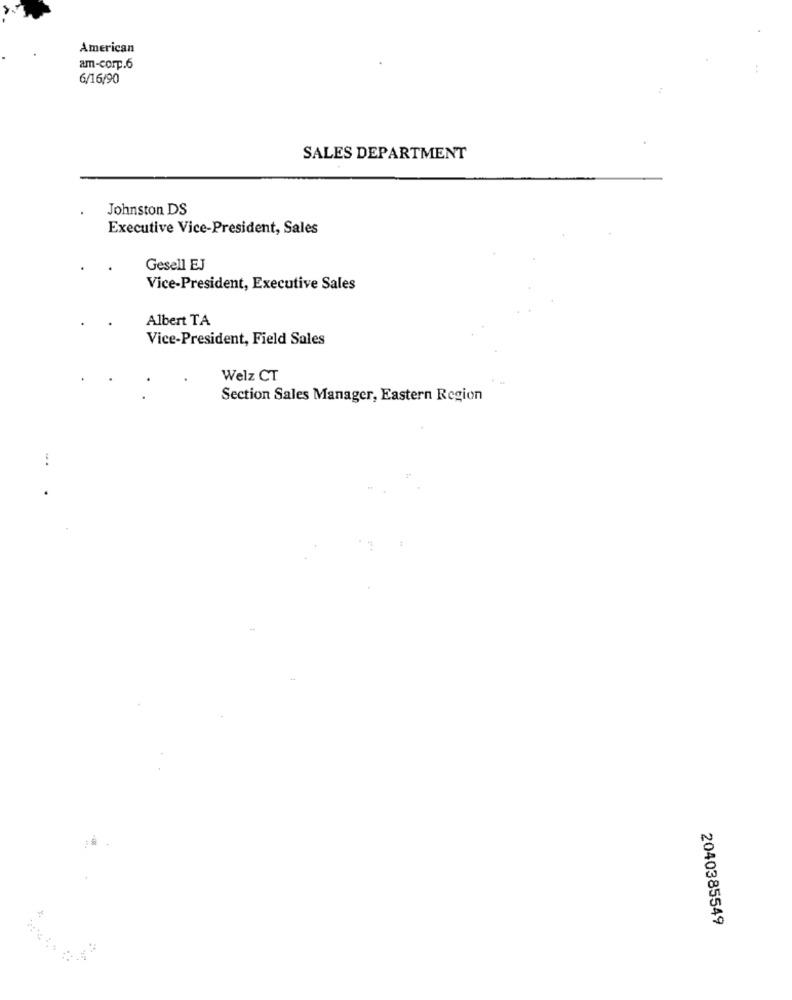
American
am-corp.6
6/16/90
SALES DEPARTMENT
Johnston DS
Executive Vice-President, Sales
Gesell EJ
Vice-President, Executive Sales
Albert TA
Vice-President, Field Sales
Welz CT
Section Sales Manager, Eastern Region
2040385549